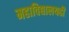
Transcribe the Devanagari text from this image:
महाविद्यालयही